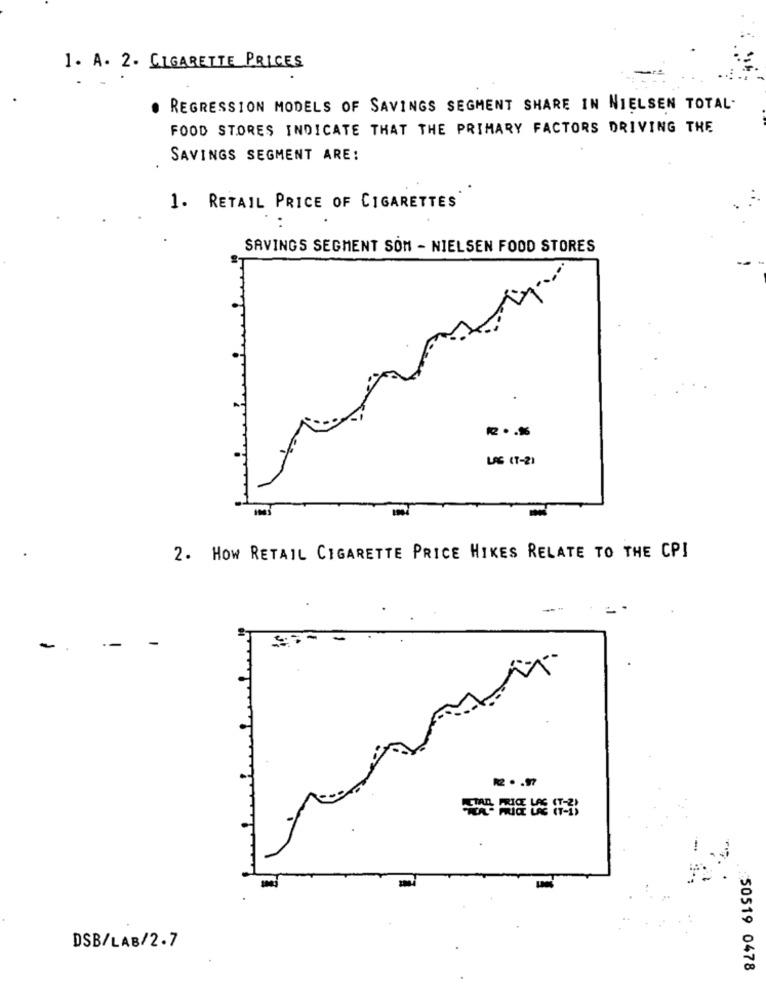
1. A. 2. CIGARETTE PRICES
REGRESSION MODELS OF SAVINGS SEGMENT SHARE IN NIELSEN TOTAL-
FOOD STORES INDICATE THAT THE PRIMARY FACTORS DRIVING THE
SAVINGS SEGMENT ARE:
1. RETAIL PRICE OF CIGARETTES
..
SAVINGS SEGMENT SON - NIELSEN FOOD STORES
LAG (T-2)
-
2. HOW RETAIL CIGARETTE PRICE HIKES RELATE TO THE CPI
-
--
DSB/LAB/2.7
: 50519 0478